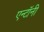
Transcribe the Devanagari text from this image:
एन्टॉनी